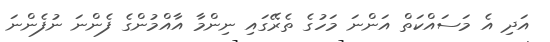
އަދި އެ މަސައްކަތް އަންނަ މަހުގެ ތެރޭގައި ނިންމާ އާއްމުންގެ ފެންނަ ނުފެންނަ